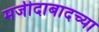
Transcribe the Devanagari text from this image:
मजीदाबादच्या